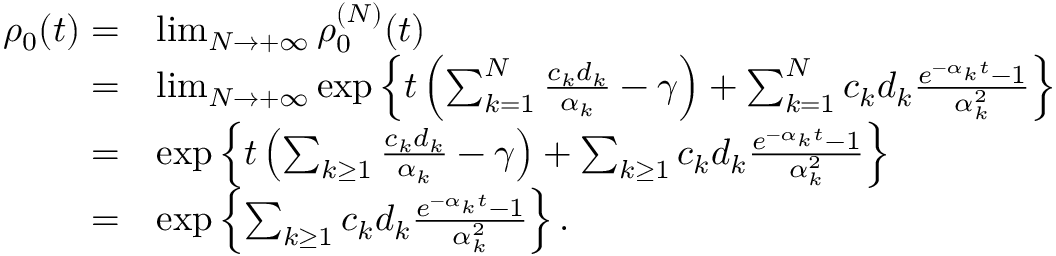
\begin{array} { r l } { \rho _ { 0 } ( t ) = } & { \operatorname* { l i m } _ { N \to + \infty } \rho _ { 0 } ^ { ( N ) } ( t ) } \\ { = } & { \operatorname* { l i m } _ { N \to + \infty } \exp \left\{ t \left( \sum _ { k = 1 } ^ { N } \frac { c _ { k } d _ { k } } { \alpha _ { k } } - \gamma \right) + \sum _ { k = 1 } ^ { N } c _ { k } d _ { k } \frac { e ^ { - \alpha _ { k } t } - 1 } { \alpha _ { k } ^ { 2 } } \right\} } \\ { = } & { \exp \left\{ t \left( \sum _ { k \geq 1 } \frac { c _ { k } d _ { k } } { \alpha _ { k } } - \gamma \right) + \sum _ { k \geq 1 } c _ { k } d _ { k } \frac { e ^ { - \alpha _ { k } t } - 1 } { \alpha _ { k } ^ { 2 } } \right\} } \\ { = } & { \exp \left\{ \sum _ { k \geq 1 } c _ { k } d _ { k } \frac { e ^ { - \alpha _ { k } t } - 1 } { \alpha _ { k } ^ { 2 } } \right\} . } \end{array}